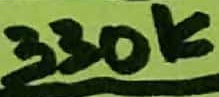
Text: 330K